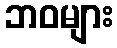
ဘဝများ